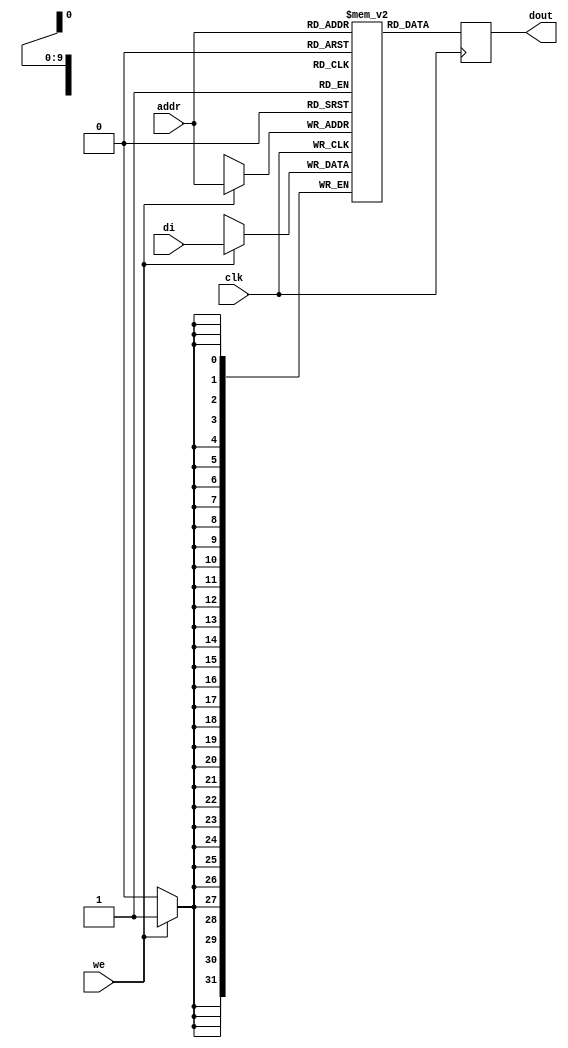

module rams_sp_rf_sync_1024x32_neg (clk, we, addr, di, dout);
input clk;
input we;
input [9:0] addr;
input [31:0] di;
output [31:0] dout;

reg [31:0] RAM [1023:0];
reg [31:0] dout;

always @(negedge clk)
    begin
        if (we)
        begin
            RAM[addr] <= di;
        end
        dout <= RAM[addr];
    end
endmodule